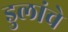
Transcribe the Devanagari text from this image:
डुलांचे